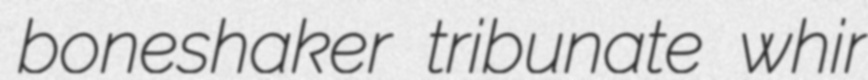
boneshaker tribunate whir